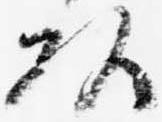
頭